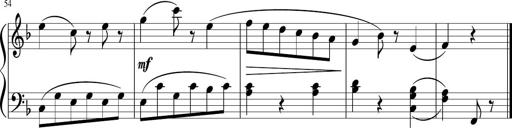
Title: 3 Sonatinen
Composer: Heinrich Lichner